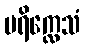
ပရိက္လေသံ